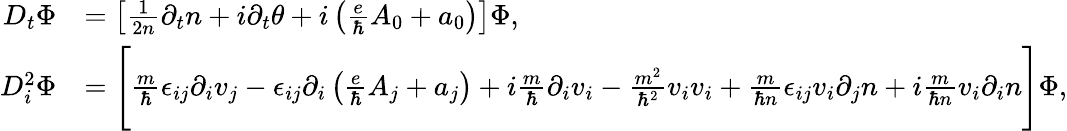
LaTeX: \begin{array}{rl}{D_{t}\Phi}&{=\left[\frac{1}{2n}\partial_{t}n+i\partial_{t}\theta+i\left(\frac{e}{\hbar}A_{0}+a_{0}\right)\right]\Phi,}\\ {D_{i}^{2}\Phi}&{=\Bigg[\frac{m}{\hbar}\epsilon_{ij}\partial_{i}v_{j}-\epsilon_{ij}\partial_{i}\left(\frac{e}{\hbar}A_{j}+a_{j}\right)+i\frac{m}{\hbar}\partial_{i}v_{i}-\frac{m^{2}}{\hbar^{2}}v_{i}v_{i}+\frac{m}{\hbar n}\epsilon_{ij}v_{i}\partial_{j}n+i\frac{m}{\hbar n}v_{i}\partial_{i}n\Bigg]\Phi,}\end{array}